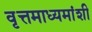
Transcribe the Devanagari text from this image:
वृत्तमाध्यमांशी